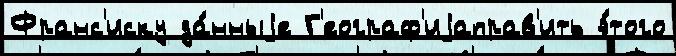
Франс'иску да́нныjе Г'еограф'иjаправ'ить э́того